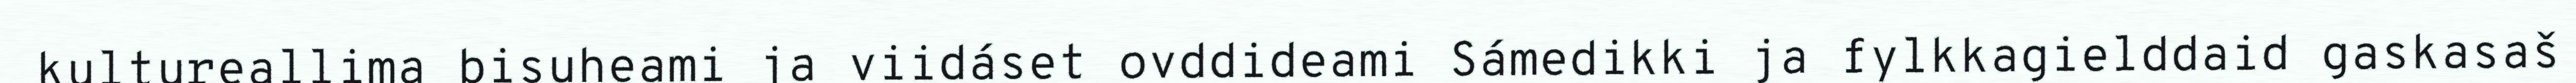
kultureallima bisuheami ja viidáset ovddideami Sámedikki ja fylkkagielddaid gaskasaš